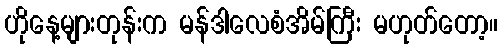
ဟိုနေ့များတုန်းက မန်ဒါလေစံအိမ်ကြီး မဟုတ်တော့။